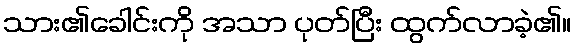
သား၏ခေါင်းကို အသာ ပုတ်ပြီး ထွက်လာခဲ့၏။